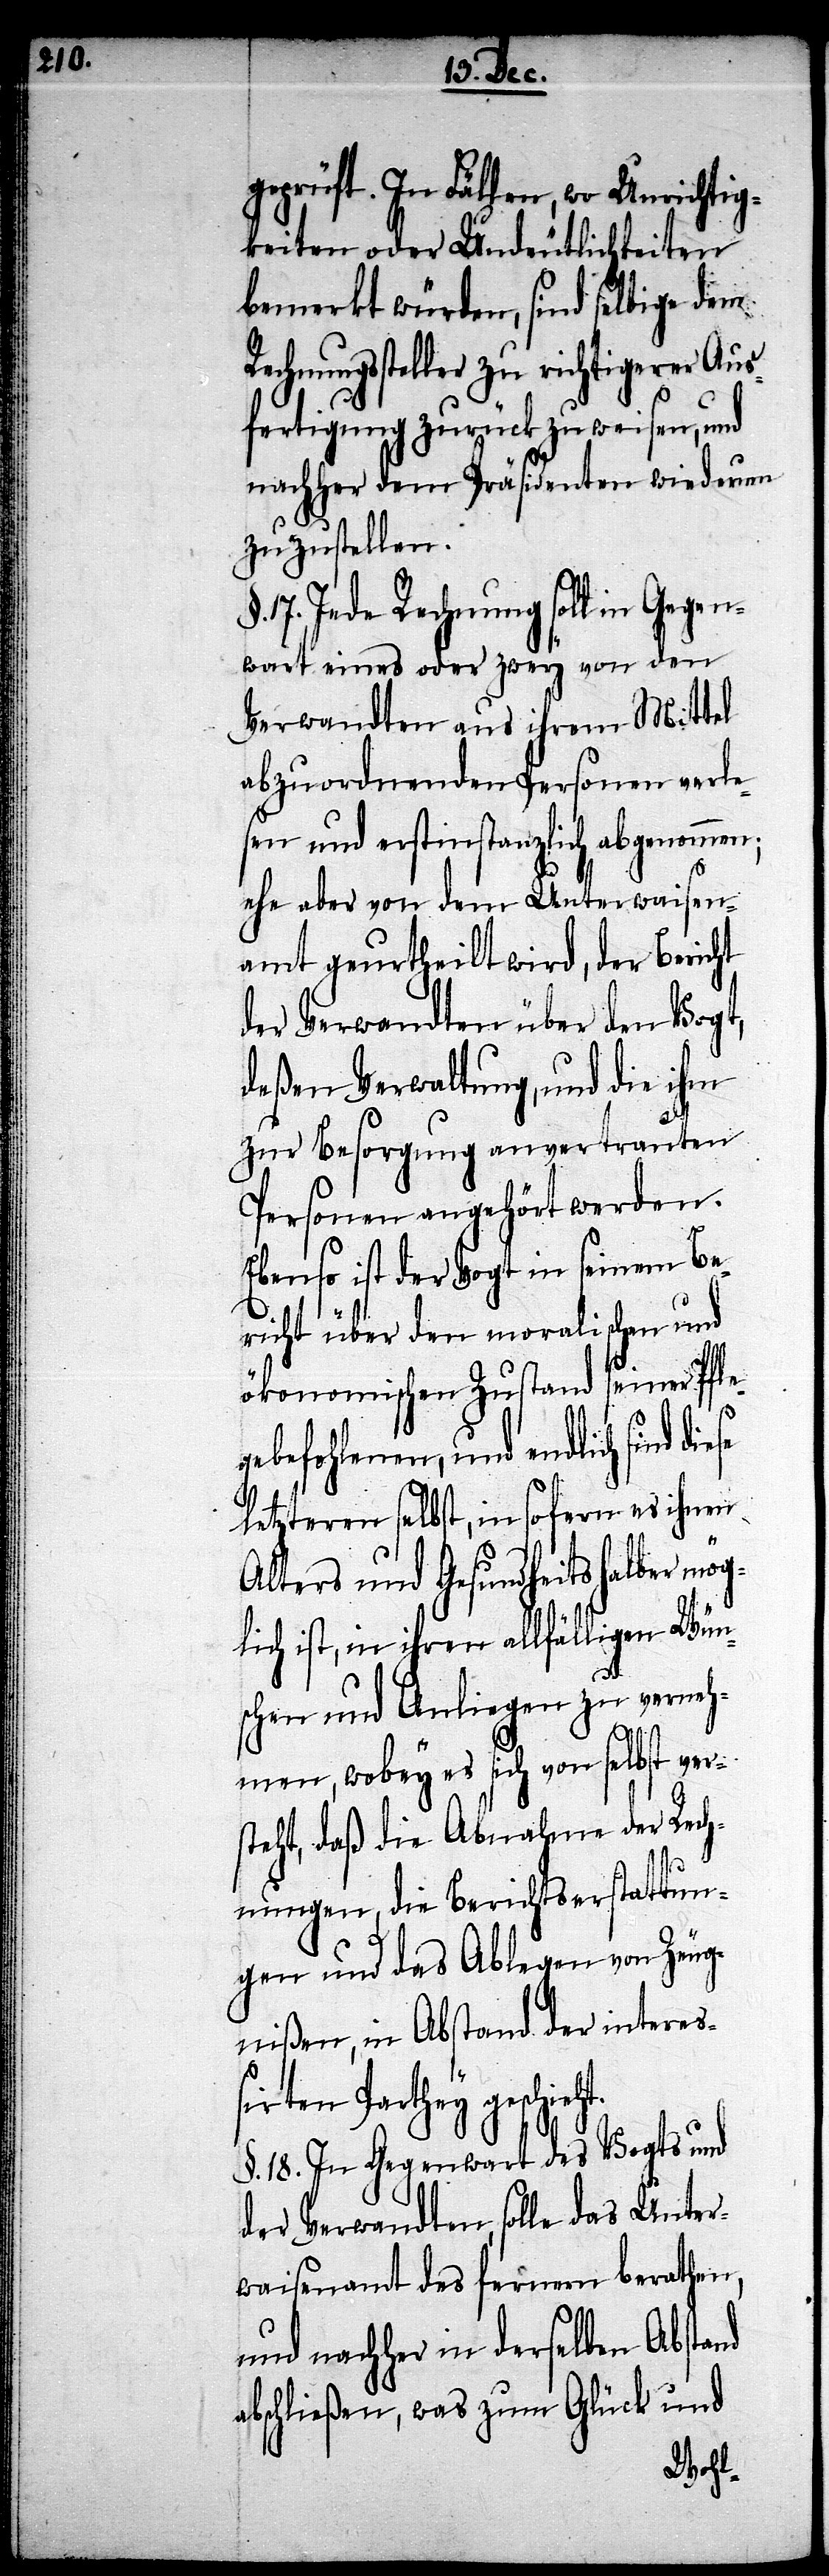
geprüft. In Fällen, wo Unrichtig¬
keiten oder Undeutlichkeiten
bemerkt würden, sind selbige dem
Rechnungssteller zu richtigerer Aus¬
fertigung zurück zu weisen, und
nachher dem Präsidenten wiederum
zuzustellen.
17. Jede Rechnung soll in Gegen¬
wart eines oder zwey von den
Verwandten aus ihrem Mittel
abzuordnenden Personen verle¬
sen und erstinstanzlich abgenommen;
ehe aber von dem Unterwaisen¬
amt geurtheilt wird, der Bericht
der Verwandten über den Vogt,
deßen Verwaltung, und die ihm
zur Besorgung anvertrauten
Personen angehört werden.
Ebenso ist der Vogt in seinem Be¬
g¬
richt über den moralischen und
ökonomischen Zustand seiner Pfleg¬
e befohlenen, und endlich sich
letzteren selbst, in sofern es ihnen
Alters und Gesundheits halber mö¬
lich ist, in ihren allfälligen Wün¬
schen und Anliegen zu verneh¬
men, wobey es sich von selbst ver¬
steht, daß die Abnahme der Rech¬
nungen, die Berichtserstattun¬
g und das Ablegen von Zeug¬
nißen, in Abstand der interes¬
sierten Parthey geschieht.
§. 18. In Gegenwart des Vogts und
der Verwandten, solle das Unter¬
waisenamt des fernern berathen,
und nachher in derselben Abstand
abschließen, was zum Glück und